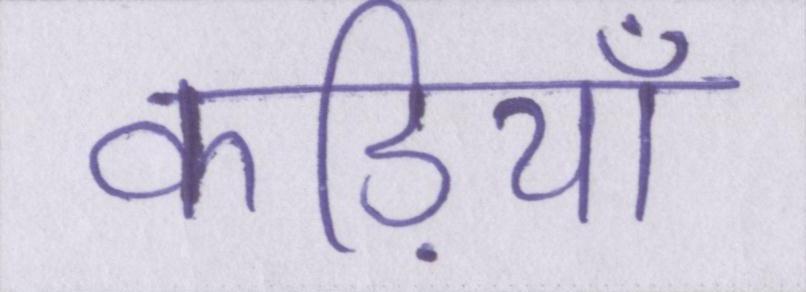
कड़ियाँ